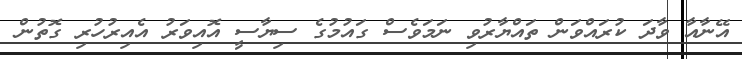
އޭނާއާ ވާދަ ކުރައްވަން ތައްޔާރުވި ނަމަވެސް ގައުމުގެ ސިޔާސީ އޮއިވަރު އެއިރުހުރި ގޮތުން